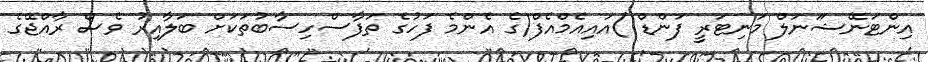
އިންޓަނޭޝަަނަލް މަނިޓަރީ ފަންޑް )އައިއެމްއެފް(ގެ އެންމެ ފަހުގެ ތަފާސްހިސާބުތަކަށް ބަލާއިރު ވެސް ރާއްޖޭގެ